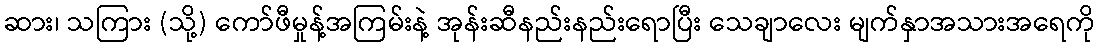
ဆား၊ သကြား (သို့) ကော်ဖီမှုန့်အကြမ်းနဲ့ အုန်းဆီနည်းနည်းရောပြီး သေချာလေး မျက်နှာအသားအရေကို